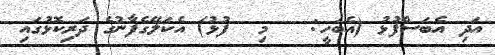
އަދި އެބަސްފުޅު (އެބަހީ:   މި  ފުޅު) އެކަލޭގެފާނުގެ ދަރިކޮޅުގައި